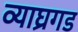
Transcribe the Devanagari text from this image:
व्याघ्रगड